Some observations on the poison of Russell's viper (Daboia russellii) - Number 3
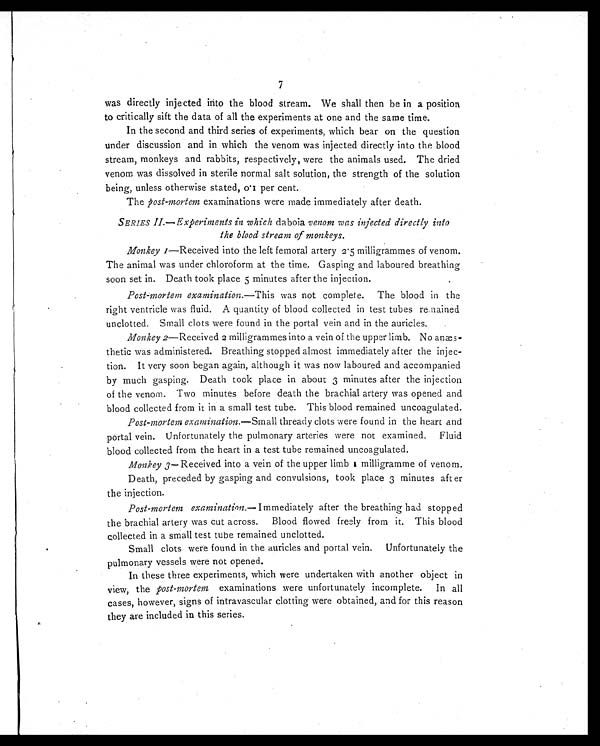
7
was directly injected into the blood stream. We shall then be in a position
to critically sift the data of all the experiments at one and the same time.
In the second and third series of experiments, which bear on the question
under discussion and in which the venom was injected directly into the blood
stream, monkeys and rabbits, respectively, were the animals used. The dried
venom was dissolved in sterile normal salt solution, the strength of the solution
being, unless otherwise stated, 0.1 per cent.
The post-mortem examinations were made immediately after death.
SERIES 11.—Experiments in which daboia venom was injected directly into
the blood stream of monkeys.
Monkey 1—Received into the left femoral artery 2.5 milligrammes of venom.
The animal was under chloroform at the time. Gasping and laboured breathing
soon set in. Death took place 5 minutes after the injection.
Post-mortem examination.— This was not complete. The blood in the
right ventricle was fluid. A quantity of blood collected in test tubes remained
unclotted. Small clots were found in the portal vein and in the auricles.
Monkey 2—Received 2 milligrammes into a vein of the upper limb. No an
æs-thetic was administered. Breathing stopped almost immediately after the injec-
tion. It very soon began again, although it was now laboured and accompanied
by much gasping. Death took place in about 3 minutes after the injection
of the venom. Two minutes before death the brachial artery was opened and
blood collected from it in a small test tube. This blood remained uncoagulated.
Post-mortem examination. —Small thready clots were found in the heart and
portal vein. Unfortunately the pulmonary arteries were not examined. Fluid
blood collected from the heart in a test tube remained uncoagulated.
Monkey 3— Received into a vein of the upper limb 1 milligramme of venom.
Death, preceded by gasping and convulsions, took place 3 minutes after
the injection.
Post-mortem examination.— Immediately after the breathing had stopped
the brachial artery was cut across. Blood flowed freely from it. This blood
collected in a small test tube remained unclotted.
Small clots were found in the auricles and portal vein. Unfortunately the
pulmonary vessels were not opened.
In these three experiments, which were undertaken with another object in
view, the post-mortem examinations were unfortunately incomplete. In all
cases, however, signs of intravascular clotting were obtained, and for this reason
they are included in this series.